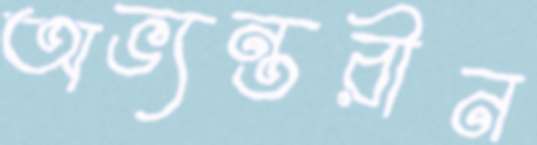
অভ্যন্তরীন